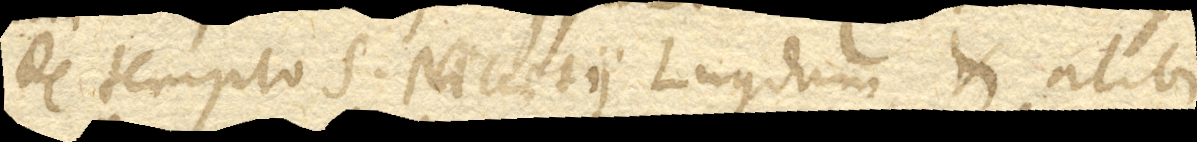
de templo S. Nicaesii Lugduni et alibi